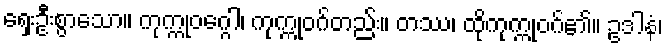
ရှေးဦးစွာသော။ ကုက္ကုဝဂ္ဂေါ၊ ကုက္ကုဝဂ်တည်း။ တဿ၊ ထိုကုက္ကုဝဂ်၏။ ဥဒါနံ၊